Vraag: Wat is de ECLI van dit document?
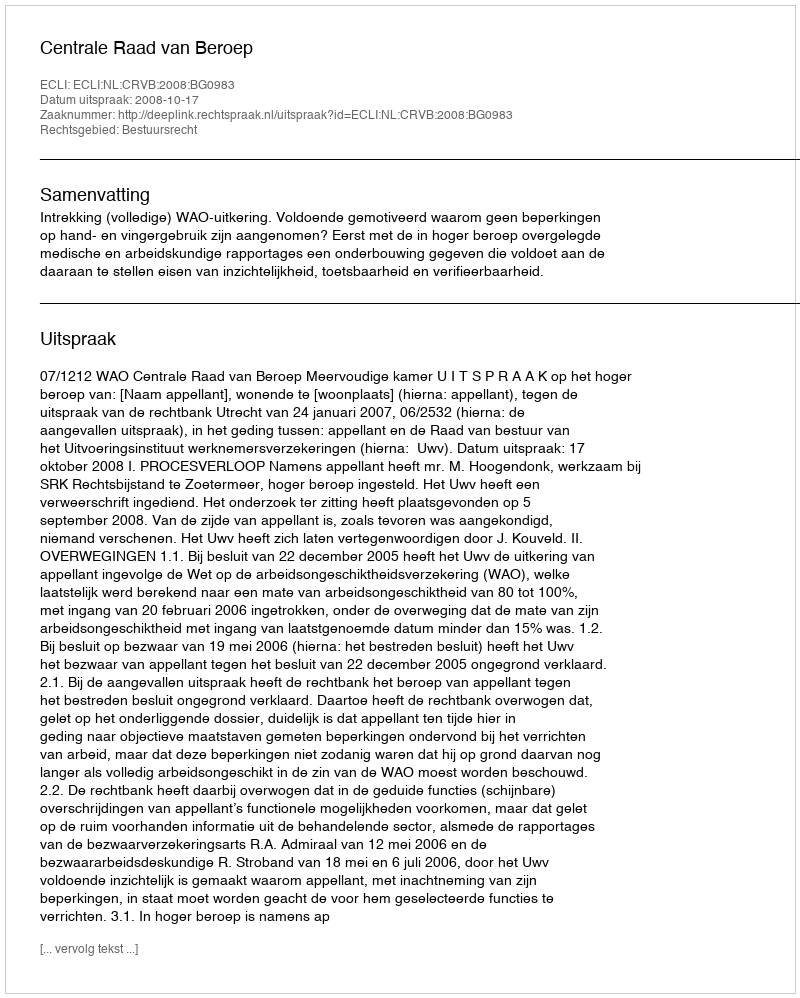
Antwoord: ECLI:NL:CRVB:2008:BG0983